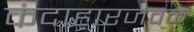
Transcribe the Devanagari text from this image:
कंदाहारजवळ